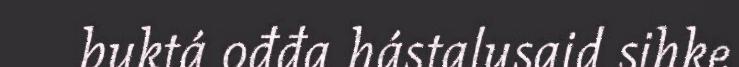
buktá ođđa hástalusaid sihke